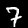
Label: 7